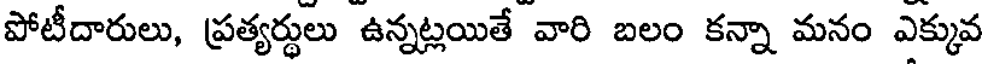
పోటీదారులు, ప్రత్యర్థులు ఉన్నట్లయితే వారి బలం కన్నా మనం ఎక్కువ